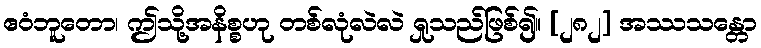
ဧဝံဘူတော၊ ဤသို့အနိစ္စဟု တစ်လုံလဲလဲ ရှုသည်ဖြစ်၍။ [၂၈၂] အဿသန္တော